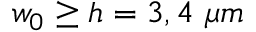
w _ { 0 } \geq h = 3 , 4 ~ \mu m